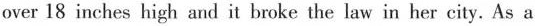
over 18 inches high and it broke the law in her city. As a